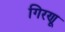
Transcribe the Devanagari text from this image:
गिरणू